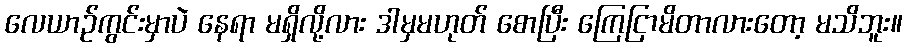
လေယာဉ်ကွင်းမှာပဲ နေရာ မရှိလို့လား ဒါမှမဟုတ် စောပြီး ကြေငြာမိတာလားတော့ မသိဘူး။